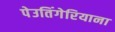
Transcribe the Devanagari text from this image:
पेउतिंगेरियाना